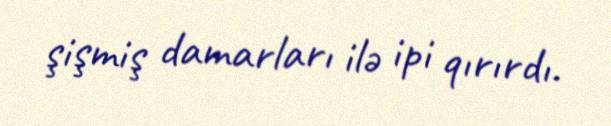
şişmiş damarları ilə ipi qırırdı.